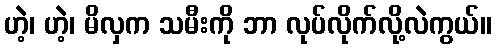
ဟဲ့၊ ဟဲ့၊ မိလှက သမီးကို ဘာ လုပ်လိုက်လို့လဲကွယ်။